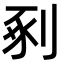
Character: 剢